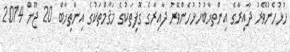
ހުޅުހެންވޭރު ދާއިރާގެ އިންތޚާބުހުޅުހެންވޭރު ދާއިރާގެ ގޮފިތަކުގެ މަޤާމްތަކުގެ އިންތިޚާބް 20 ޖޫން 2014